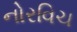
નોરવિચ